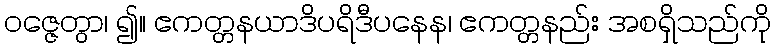
ဝဇ္ဇေတွာ၊ ၍။ ဧကတ္တနယာဒိပရိဒီပနေန၊ ဧကတ္တနည်း အစရှိသည်ကို